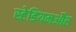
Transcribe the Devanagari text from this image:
स्टेडियमऔर